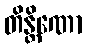
တိန္တိဏော